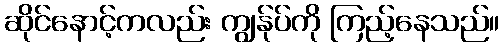
ဆိုင်နောင့်ကလည်း ကျွန်ုပ်ကို ကြည့်နေသည်။